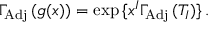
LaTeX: \Gamma _ { \mathrm { A d j } } \, ( g ( x ) ) = \exp { \{ x ^ { I } \Gamma _ { \mathrm { A d j } } \, ( T _ { I } ) \} } \, .